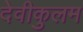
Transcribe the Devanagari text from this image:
देवीकुलम